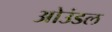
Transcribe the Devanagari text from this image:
ओउंडल